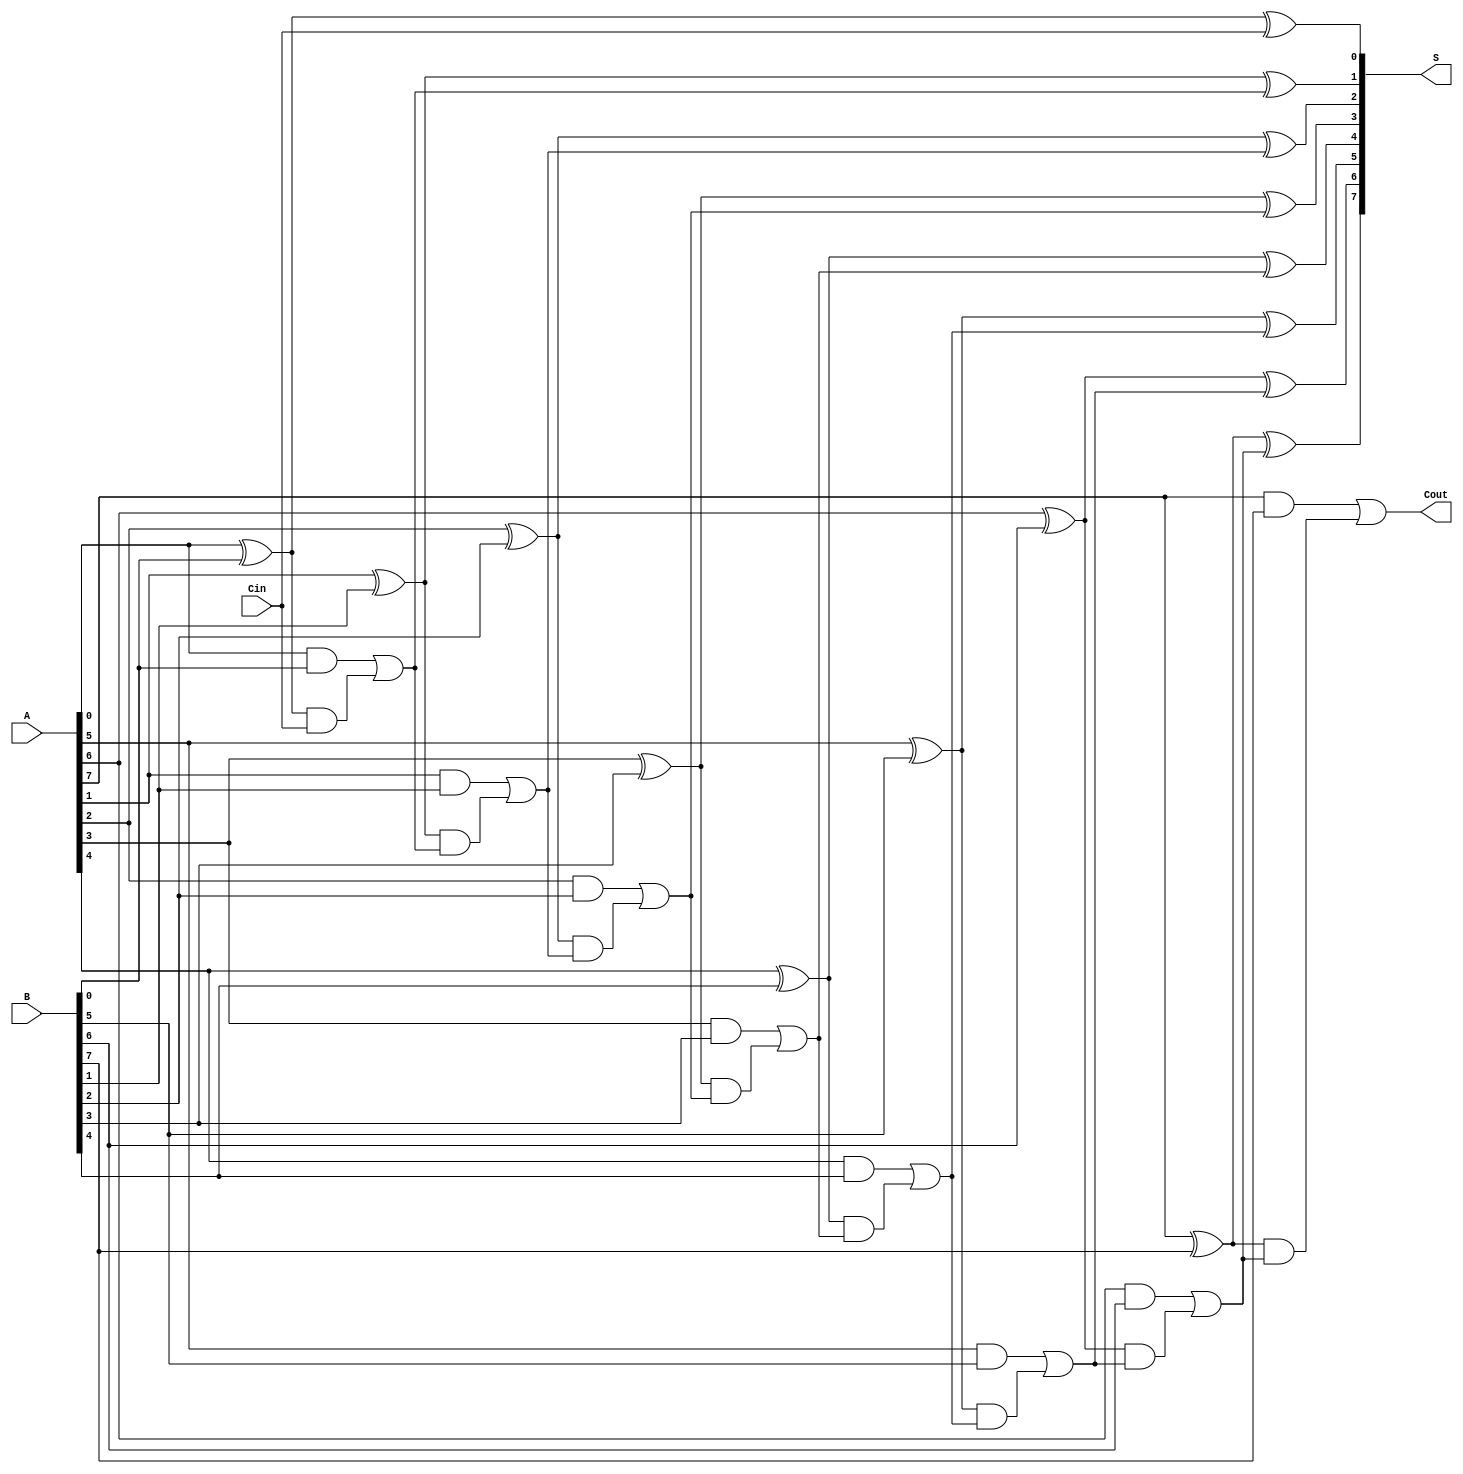
module ManchesterCarryChainAdder #(
    parameter WIDTH = 8 // Parameter for bit-width (e.g., 8, 16, 32)
) (
    input  wire [WIDTH-1:0] A,      // First operand
    input  wire [WIDTH-1:0] B,      // Second operand
    input  wire Cin,                 // Carry input
    output wire [WIDTH-1:0] S,       // Sum output
    output wire Cout                 // Carry output
);

    // Internal signals for carry generation
    wire [WIDTH:0] carry; // carry[0] is Cin, carry[WIDTH] is Cout
    wire [WIDTH-1:0] G;   // Generate signals
    wire [WIDTH-1:0] P;   // Propagate signals

    // Generate and propagate signals
    genvar i;
    generate
        for (i = 0; i < WIDTH; i = i + 1) begin : gen_prop
            assign G[i] = A[i] & B[i]; // Generate
            assign P[i] = A[i] ^ B[i]; // Propagate
        end
    endgenerate

    // Carry chain generation
    assign carry[0] = Cin; // Initial carry input
    generate
        for (i = 0; i < WIDTH; i = i + 1) begin : carry_chain
            assign carry[i + 1] = G[i] | (P[i] & carry[i]); // Carry generation
        end
    endgenerate

    // Sum calculation
    generate
        for (i = 0; i < WIDTH; i = i + 1) begin : sum_calc
            assign S[i] = P[i] ^ carry[i]; // Sum calculation
        end
    endgenerate

    // Final carry output
    assign Cout = carry[WIDTH];

endmodule